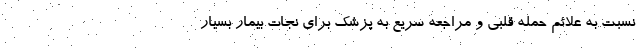
نسبت به علائم حمله قلبی و مراجعه سریع به پزشک برای نجات بیمار بسیار